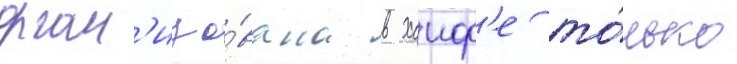
орган'изо́вана в хаиф'е то́лько